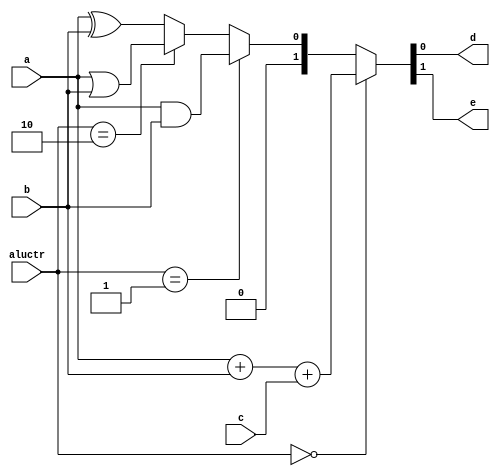
`timescale 1ns / 1ps



module lab1_2(a,b,c,aluctr,d,e);
input a,b,c;
input [1:0] aluctr;
output d,e;

    
//assign {e,d}=a+b+c;
assign {e,d}=(aluctr==2'b00) ? a+b+c :
                  (aluctr==2'b01) ? a&b :
                  (aluctr==2'b10) ? a|b : a^b ;
    
endmodule